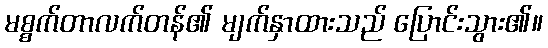
မစ္စက်တာလက်တန်၏ မျက်နှာထားသည် ပြောင်းသွား၏။